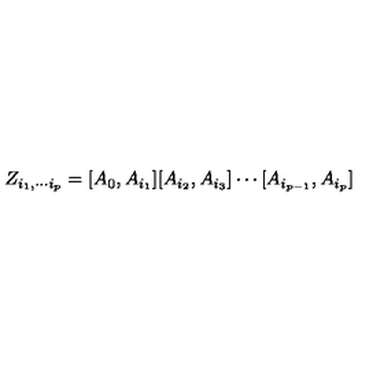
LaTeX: Z _ { i _ { 1 } , \cdots i _ { p } } = [ A _ { 0 } , A _ { i _ { 1 } } ] [ A _ { i _ { 2 } } , A _ { i _ { 3 } } ] \cdots [ A _ { i _ { p - 1 } } , A _ { i _ { p } } ]